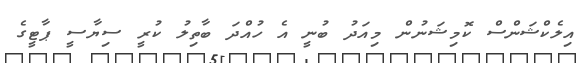
އިލެކްޝަންސް ކޮމިޝަނުން މިއަދު ބުނީ އެ ހުއްދަ ބާތިލު ކުރީ ސިޔާސީ ޕާޓީގެ